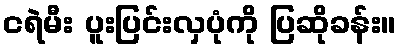
ငရဲမီး ပူးပြင်းလှပုံကို ပြဆိုခန်း။